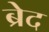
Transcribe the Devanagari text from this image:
ब्रेद